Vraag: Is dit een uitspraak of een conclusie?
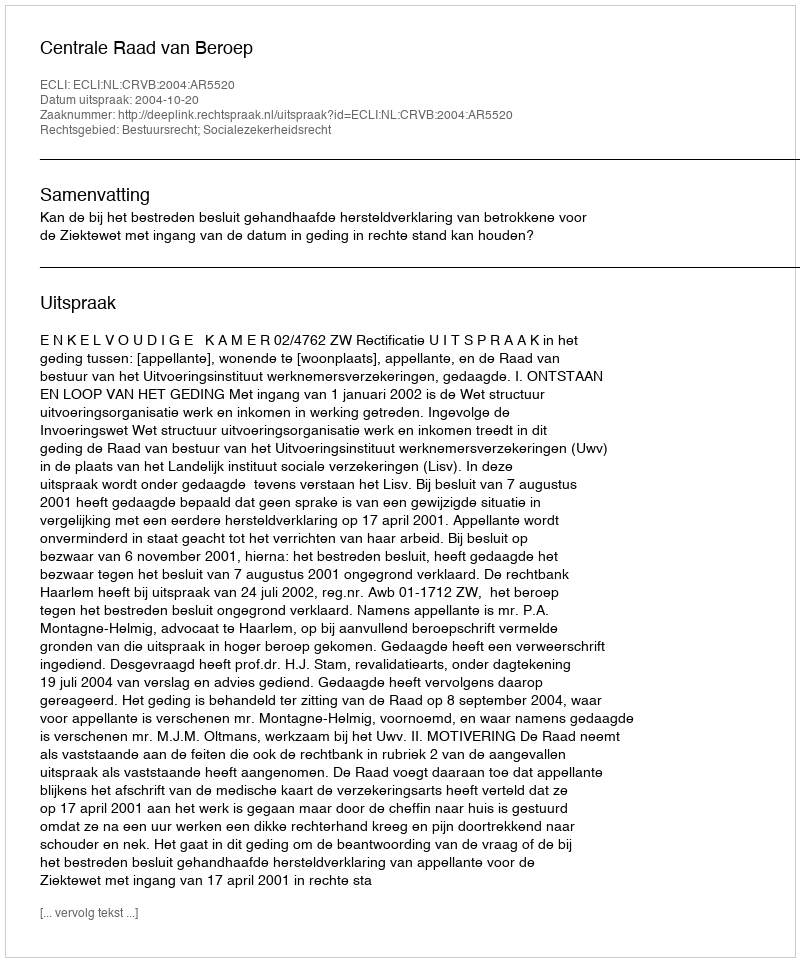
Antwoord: Uitspraak